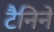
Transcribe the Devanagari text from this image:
टैनिनें